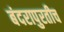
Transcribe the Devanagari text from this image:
बंदरापुरतीच